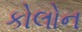
કોલોન